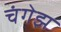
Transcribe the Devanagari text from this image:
चंगेझ